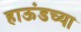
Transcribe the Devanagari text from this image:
हाऊंडच्या